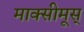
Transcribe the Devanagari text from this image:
माक्सीमूस्